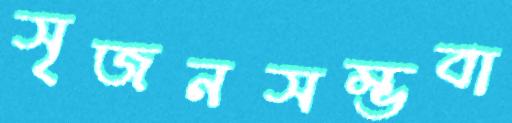
সৃজনসম্ভবা